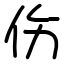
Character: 伤